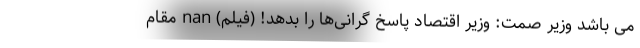
می باشد وزیر صمت: وزیر اقتصاد پاسخ گرانی‌ها را بدهد! (فیلم) nan مقام